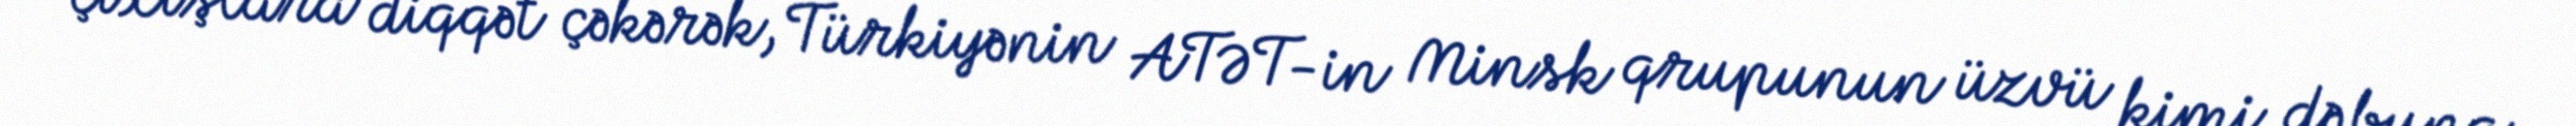
çıxışlara diqqət çəkərək, Türkiyənin ATƏT-in Minsk qrupunun üzvü kimi də buna